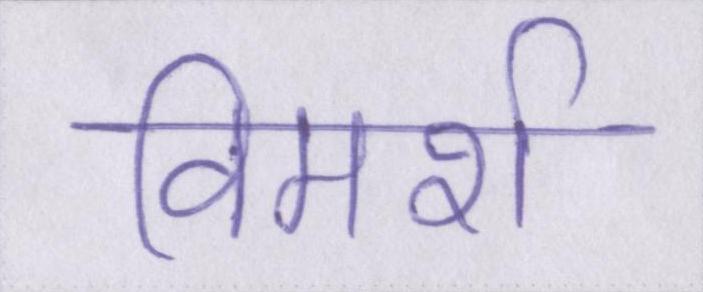
विमर्श